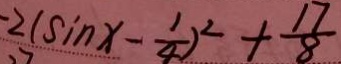
- 2 ( \sin x - \frac { 1 } { 4 } ) ^ { 2 } + \frac { 1 7 } { 8 }